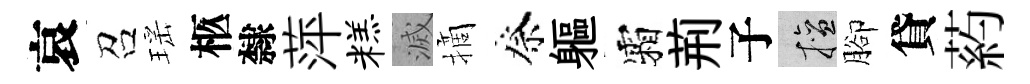
哀召瑶柩隸萍糕滅摘祭軀霜荊子擅腳貸葯